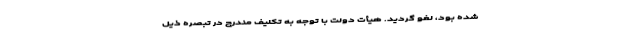
شده بود، لغو گردید. هیأت دولت با توجه به تکلیف مندرج در تبصره ذیل